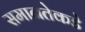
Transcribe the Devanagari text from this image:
समानतेकडे